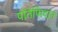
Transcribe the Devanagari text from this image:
पोंतेप्पिदान